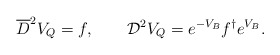
\begin{align*}\overline D^2V_Q=f, \qquad{\cal D}^2V_Q=e^{-V_B}f^\dagger e^{V_B}.\end{align*}